Leaving Certificate Examination, 1920, 1920
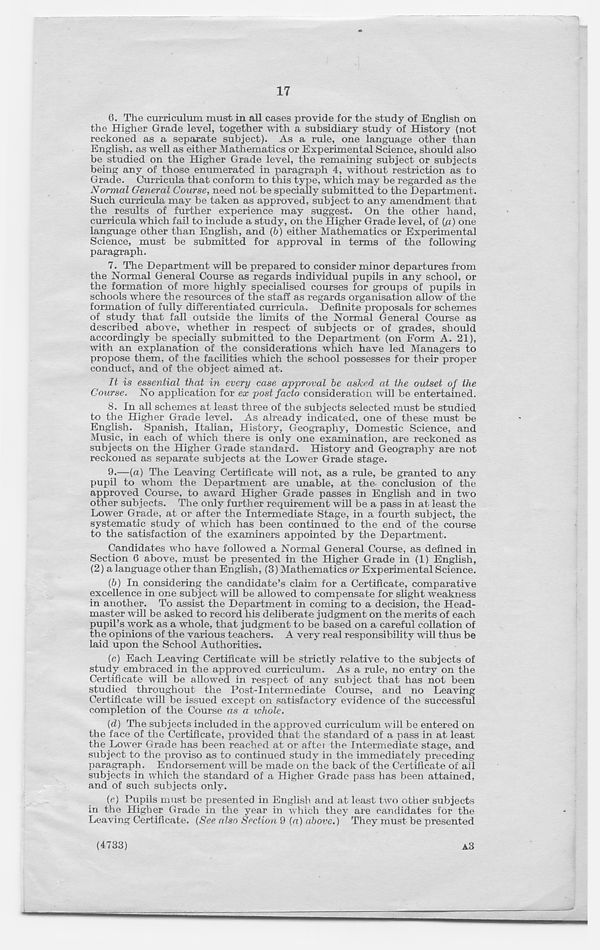
17
6. The curriculum must in all cases provide for the study of English on
the Higher Grade level, together with a subsidiary study of History (not
reckoned as a separate subject). As a rule, one language other than
English, as well as either Mathematics or Experimental Science, should also
be studied on the Higher Grade level, the remaining subject or subjects
being any of those enumerated in paragraph 4, without restriction as to
Grade. Curricula that conform to this type, which may be regarded as the
Normal General Course, need not be specially submitted to the Department.
Such curricula may be taken as approved, subject to any amendment that
the results of further experience may suggest. On the other hand,
curricula which fail to include a study, on the Higher Grade level, of (a) one
language other than English, and (b) either Mathematics or Experimental
Science, must be submitted for approval in terms of the following
paragraph.
7. The Department will be prepared to consider minor departures from
the Normal General Course as regards individual pupils in any school, or
the formation of more highly specialised courses for groups of pupils in
schools where the resources of the staff as regards organisation allow of the
formation of fully differentiated curricula. Definite proposals for schemes
of study that fall outside the limits of the Normal General Course as
described above, whether in respect of subjects or of grades, should
accordingly be specially submitted to the Department (on Form A. 21),
with an explanation of the considerations which have led Managers to
propose them, of the facilities which the school possesses for their proper
conduct, and of the object aimed at.
It is essential that in every case approval be asked at the outset of the
Course. No application for ex post facto consideration will be entertained.
8. In all schemes at least three of the subjects selected must be studied
to the Higher Grade level. As already indicated, one of these must be
English. Spanish, Italian, History, Geography, Domestic Science, and
Music, in each of which there is only one examination, are reckoned as
subjects on the Higher Grade standard. History and Geography are not
reckoned as separate subjects at the Lower Grade stage.
9.
—(a) The Leaving Certificate will not, as a rule
pupil to whom the Department are unable, at the- conclusion of the
approved Course, to award Higher Grade passes in English and in two
other subjects. The only further requirement will be a pass in at least the
Lower Grade, at or after the Intermediate Stage, in a fourth subject, the
systematic study of which has been continued to the end of the course
to the satisfaction of the examiners appointed by the Department.
Candidates who have followed a Normal General Course, as defined in
Section 6 above, must be presented in the Higher Grade in (1) English,
(2) a language other than English, (3) Mathematics or Experimental Science.
(b) In considering the candidate’s claim for a Certificate, comparative
excellence in one subject will be allowed to compensate for slight weakness
in another. To assist the Department in coming to a decision, the Head-
master will be asked to record his deliberate judgment on the merits of each
pupil’s work as a whole, that judgment to be based on a careful collation of
the opinions of the various teachers. A very real responsibility will thus be
laid upon the School Authorities.
(c) Each Leaving Certificate will be strictly relative to the subjects of
study embraced in the approved curriculum. As a rule, no entry on the
Certificate will be allowed in respect of any subject that has not been
studied throughout the Post-Intermediate Course, and no Leaving
Certificate will be issued except on satisfactory evidence of the successful
completion of the Course as a whole.
(d) The subjects included in the approved curriculum will be entered on
the face of the Certificate, provided that the standard of a pass in at least
the Lower Grade has been reached at or after the Intermediate stage, and
subject to the proviso as to continued study in the immediately preceding
paragraph. Endorsement will be made on the back of the Certificate of ail
subjects in which the standard of a Higher Grade pass has been attained,
and of such subjects only.
(e) Pupils must be presented in English and at least two other subjects
in the Higher Grade in the year in which they are candidates for the
Leaving Certificate. (See also Section 9 (a) above.) They must be presented
A3
(4733)